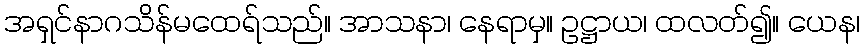
အရှင်နာဂသိန်မထေရ်သည်။ အာသနာ၊ နေရာမှ။ ဥဋ္ဌာယ၊ ထလတ်၍။ ယေန၊